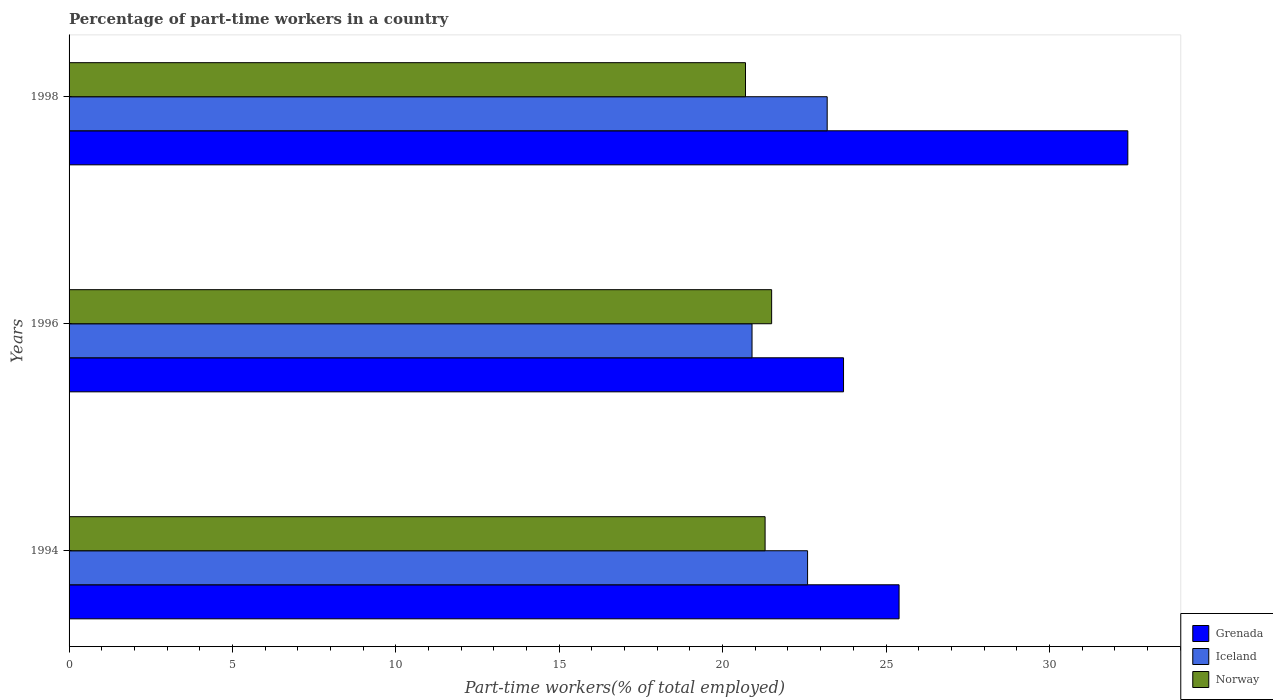
| Years | Grenada | Iceland | Norway |
 | --- | --- | --- | --- |
 | 1994 | 25.4 | 22.6 | 21.3 |
 | 1996 | 23.7 | 20.9 | 21.5 |
 | 1998 | 32.4 | 23.2 | 20.7 |